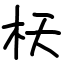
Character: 枖